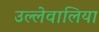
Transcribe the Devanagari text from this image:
उल्लेवालिया